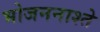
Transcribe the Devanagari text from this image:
भोजननाश्ते